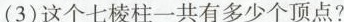
(3)这个七棱柱一共有多少个顶点?